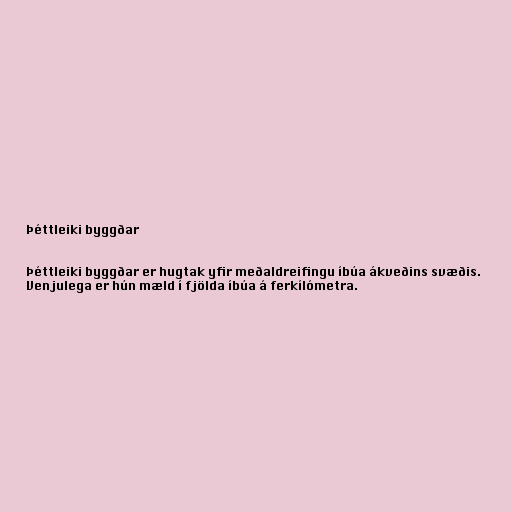
Þéttleiki byggðar

Þéttleiki byggðar er hugtak yfir meðaldreifingu íbúa ákveðins svæðis.
Venjulega er hún mæld í fjölda íbúa á ferkílómetra.